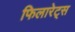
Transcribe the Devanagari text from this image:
फिलारेट्स